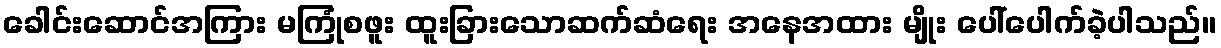
ခေါင်းဆောင်အကြား မကြုံစဖူး ထူးခြားသောဆက်ဆံရေး အနေအထား မျိုး ပေါ်ပေါက်ခဲ့ပါသည်။